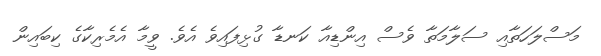
މަސްލަހަތާއި ސަލާމަތާ ވެސް އިންޑިއާ ކަނޑާ ގުޅިފައިވެ އެވެ. ވީމާ އެމެރިކާގެ ކިބައިން